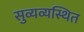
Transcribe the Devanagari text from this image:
सुव्यव्यस्थित